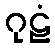
ဂုဠံ